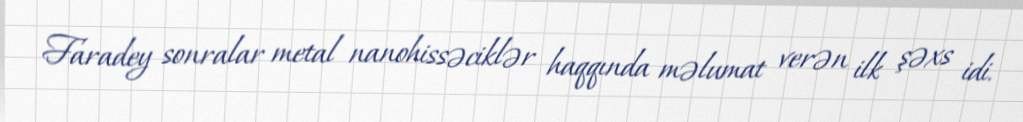
Faradey sonralar metal nanohissəciklər haqqında məlumat verən ilk şəxs idi.